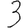
Digit: 3